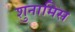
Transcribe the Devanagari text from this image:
शुनामिस